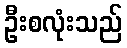
ဦးစလုံးသည်